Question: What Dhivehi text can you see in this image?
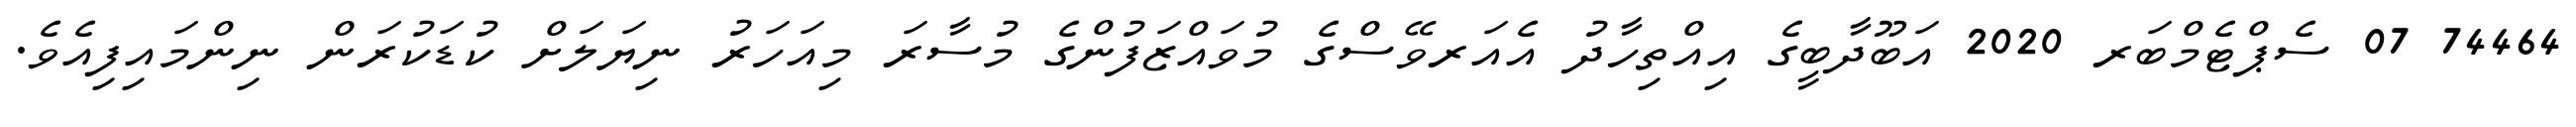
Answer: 74464 07 ސެޕްޓެމްބަރ 2020 އަބޫދާބީގެ އިއްތިހާދު އެއަރވޭސްގެ މުވައްޒަފުންގެ މުސާރަ މިއަހަރު ނިޔަލަށް ކުޑަކުރަން ނިންމައިފިއެވެ.